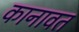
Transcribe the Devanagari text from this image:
कानावत